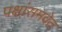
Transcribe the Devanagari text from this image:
पक्षांसमवेत